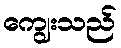
ကျွေးသည်